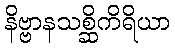
နိဗ္ဗာနသစ္ဆိကိရိယာ